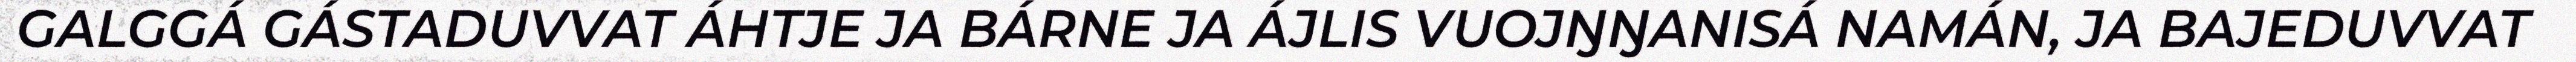
GALGGÁ GÁSTADUVVAT ÁHTJE JA BÁRNE JA ÁJLIS VUOJŊŊANISÁ NAMÁN, JA BAJEDUVVAT